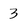
Character: 3